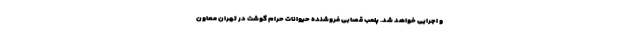
و اجرایی خواهد شد. پلمب قصابی فروشنده حیوانات حرام گوشت در تهران معاون